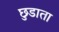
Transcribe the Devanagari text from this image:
छुडाता